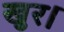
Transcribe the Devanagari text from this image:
खुर।